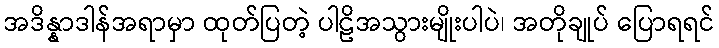
အဒိန္နာဒါန်အရာမှာ ထုတ်ပြတဲ့ ပါဠိအသွားမျိုးပါပဲ၊ အတိုချုပ် ပြောရရင်